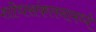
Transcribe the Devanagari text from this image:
शोधसंकलनामध्ये